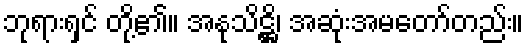
ဘုရားရှင် တို့၏။ အနုသိဋ္ဌိ၊ အဆုံးအမတော်တည်း။